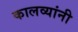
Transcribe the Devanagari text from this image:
कालव्यांनी